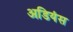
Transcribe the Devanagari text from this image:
अडियंस